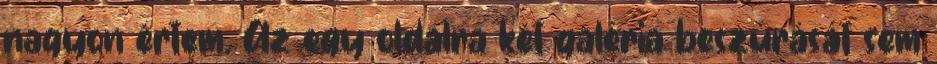
nagyon értem. Az egy oldalra két galéria beszúrását sem